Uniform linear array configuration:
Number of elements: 32
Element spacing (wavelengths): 0.25
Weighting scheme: uniform
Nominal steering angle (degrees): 0
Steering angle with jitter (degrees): -1.344
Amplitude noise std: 0.05
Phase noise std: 0.05

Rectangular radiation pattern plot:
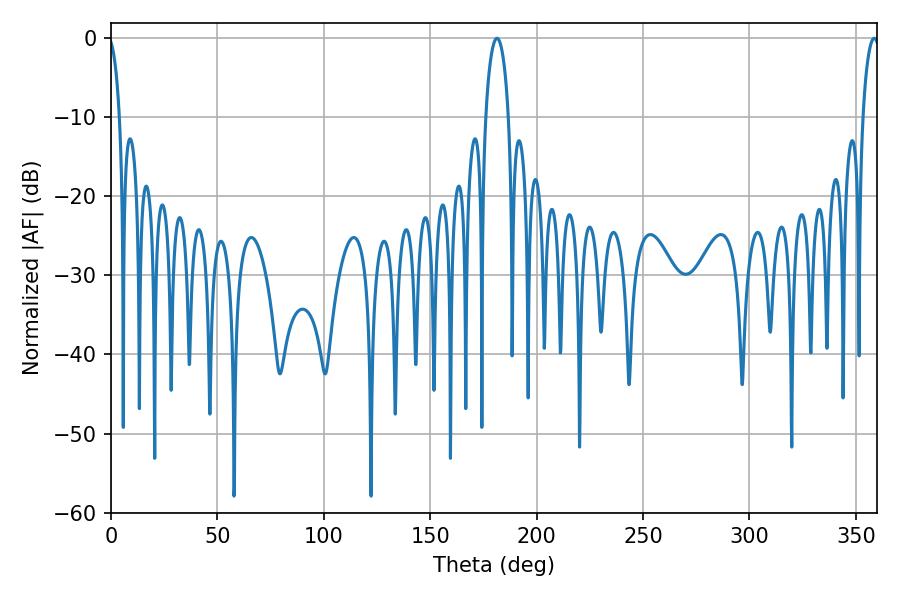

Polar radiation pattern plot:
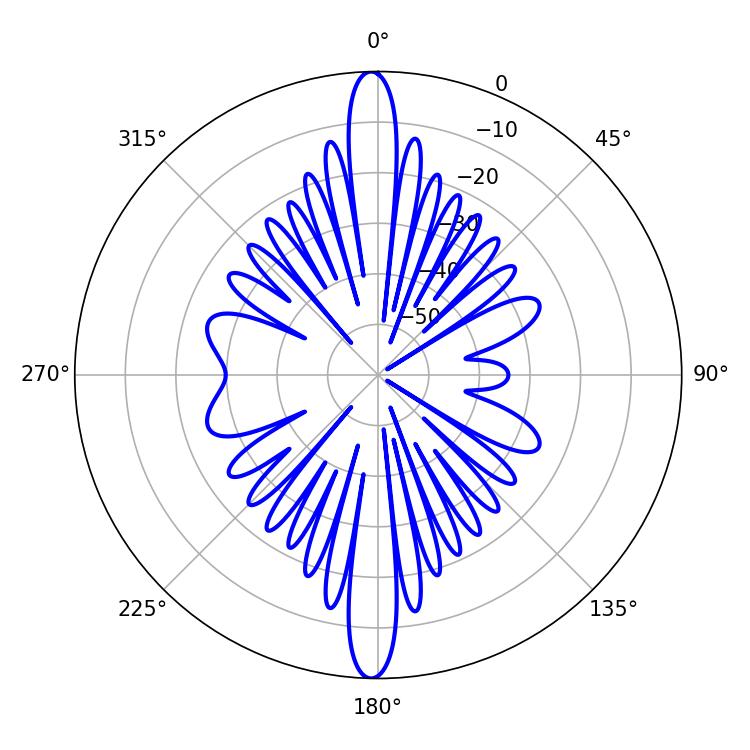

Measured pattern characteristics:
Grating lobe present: FALSE
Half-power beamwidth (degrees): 4.5
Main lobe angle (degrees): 358.56